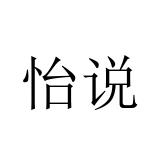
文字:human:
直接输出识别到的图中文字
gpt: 怡说